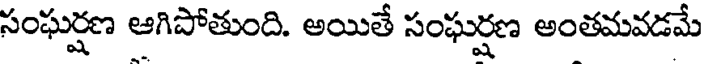
సంఘర్షణ ఆగిపోతుంది. అయితే సంఘర్షణ అంతమవడమే